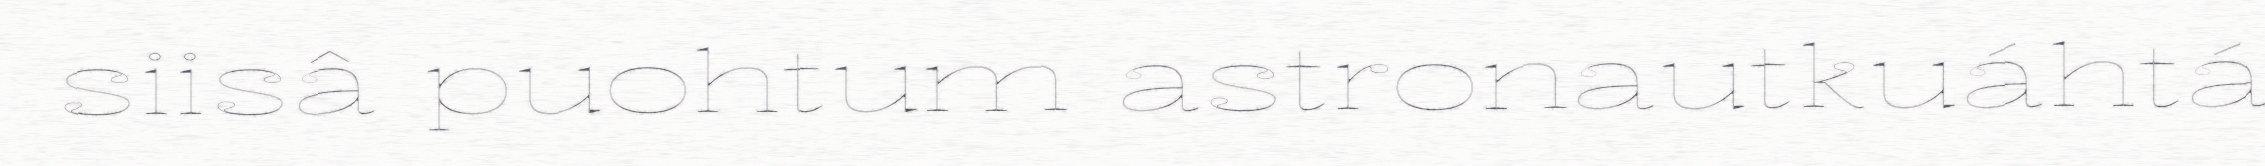
siisâ puohtum astronautkuáhtá